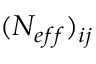
( N _ { e f f } ) _ { i j }